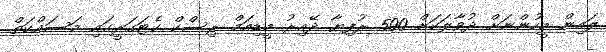
ލައިން މީހުންނަށް ދުވާލަކަށް 500 ރުފިޔާ ދޭއިރު މީޑިއަމް ރިސްކް ކެޓަގަރީގައި މަސައްކަތް